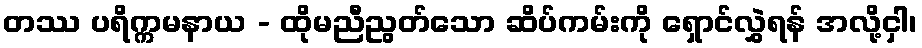
တဿ ပရိက္ကမနာယ - ထိုမညီညွတ်သော ဆိပ်ကမ်းကို ရှောင်လွှဲရန် အလို့ငှါ၊